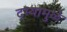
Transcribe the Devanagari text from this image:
दम्यामुळे